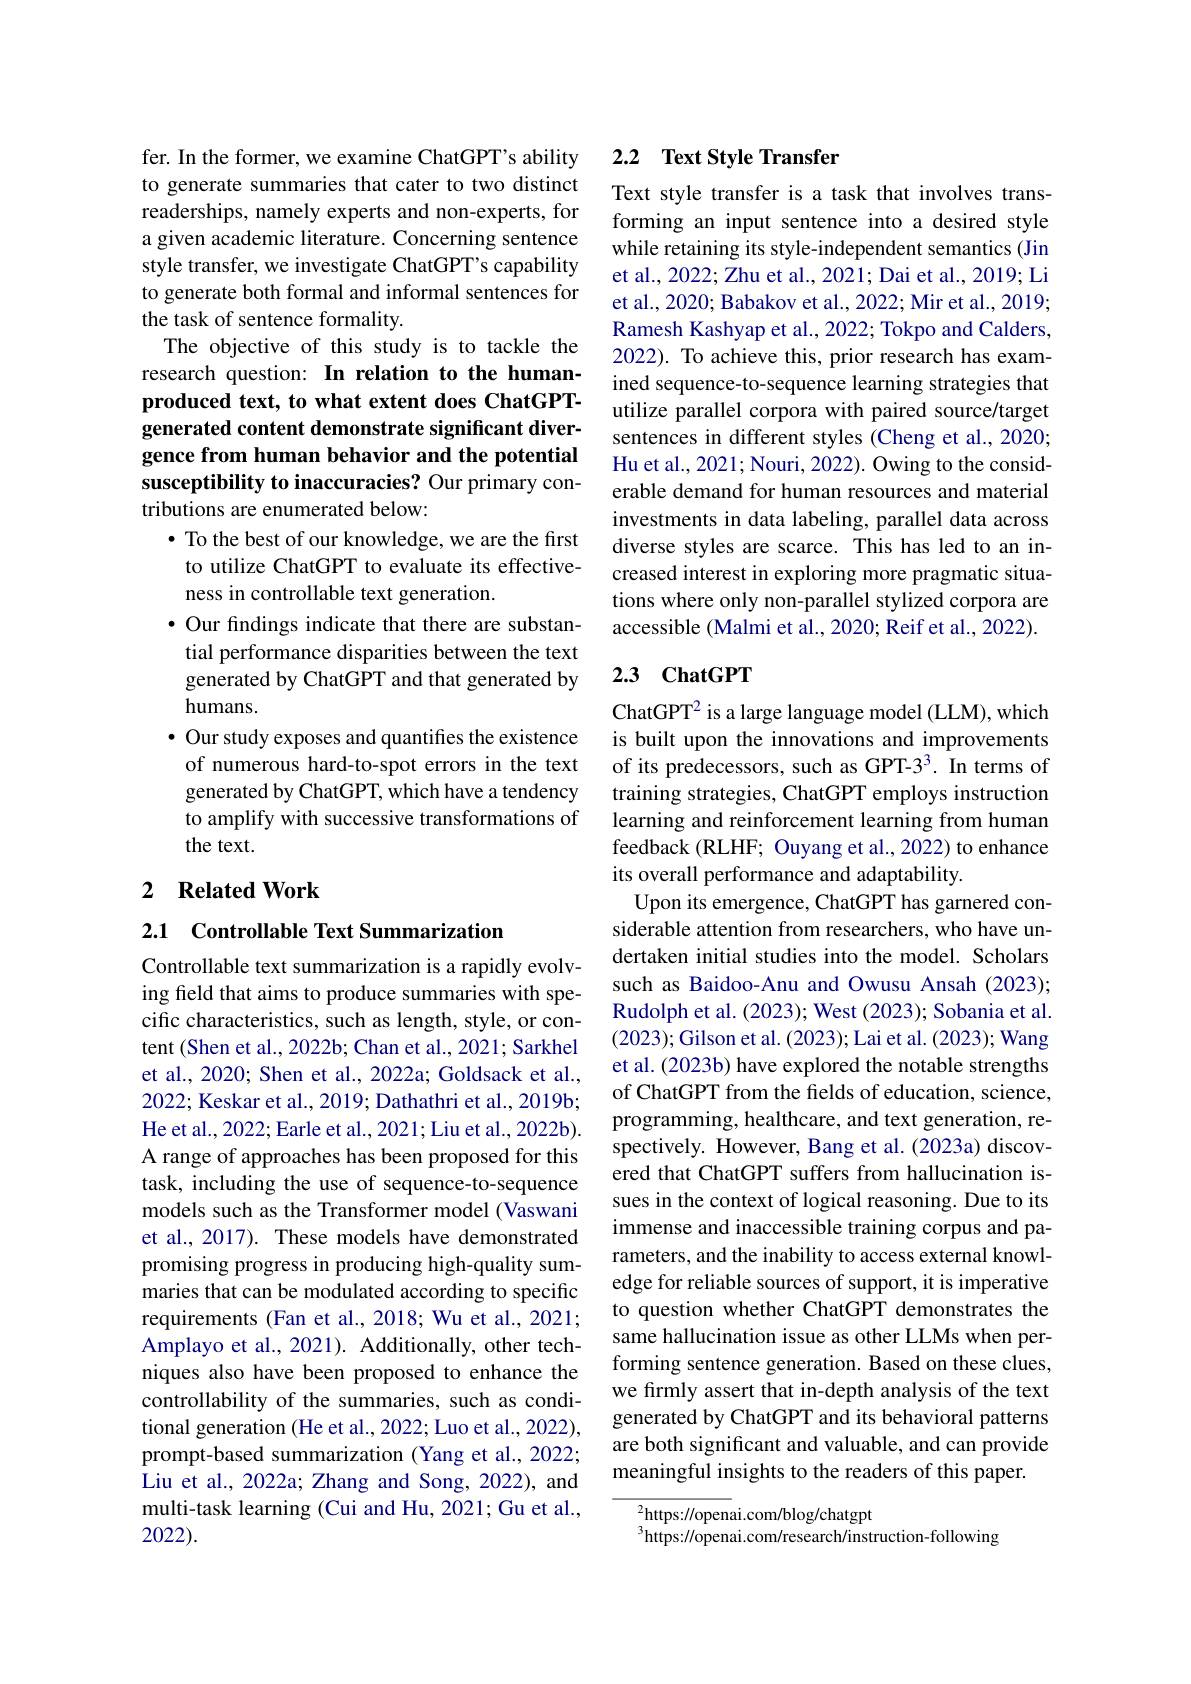
fer. In the former, we examine ChatGPT's ability to generate summaries that cater to two distinct readerships, namely experts and non-experts, for a given academic literature. Concerning sentence style transfer, we investigate ChatGPT's capability to generate both formal and informal sentences for the task of sentence formality.
The objective of this study is to tackle the research question: In relation to the humanproduced text, to what extent does ChatGPTgenerated content demonstrate significant divergence from human behavior and the potential susceptibility to inaccuracies? Our primary contributions are enumerated below:
$\bullet$ To the best of our knowledge, we are the first to utilize ChatGPT to evaluate its effectiveness in controllable text generation.
$\bullet$ Our findings indicate that there are substantial performance disparities between the text generated by ChatGPT and that generated by humans.
$\bullet$ Our study exposes and quantifies the existence of numerous hard-to-spot errors in the text generated by ChatGPT, which have a tendency to amplify with successive transformations of the text.
2 $\textbf{Related Work}$

2.1 Controllable Text Summarization

Controllable text summarization is a rapidly evolving feld that aims to produce summaries with specific characteristics, such as length, style, or content (Shen et al., 2022b; Chan et al., 2021; Sarkhel et al., 2020; Shen et al., 2022a; Goldsack et al., 2022; Keskar et al., 2019; Dathathri et al., 2019b; He et al., 2022; Earle et al., 2021; Liu et al., 2022b). A range of approaches has been proposed for this task, including the use of sequence-to-sequence models such as the Transformer model (Vaswani et al., 2017). These models have demonstrated promising progress in producing high-quality summaries that can be modulated according to specific requirements (Fan et al., 2018; Wu et al., 2021; Amplayo et al., 2021). Additionally, other techniques also have been proposed to enhance the controllability of the summaries, such as conditional generation (He et al., 2022; Luo et al., 2022), prompt-based summarization (Yang et al., 2022; Liu et al., 2022a; Zhang and Song, 2022), and multi-task learning (Cui and Hu, 2021; Gu et al., 2022).

## 2.2 Text Style Transfer

Text style transfer is a task that involves transforming an input sentence into a desired style while retaining its style-independent semantics (Jin et al., 2022; Zhu et al., 2021; Dai et al., 2019; Li et al., 2020; Babakov et al., 2022; Mir et al., 2019; Ramesh Kashyap et al., 2022; Tokpo and Calders, 2022). To achieve this, prior research has examined sequence-to-sequence learning strategies that utilize parallel corpora with paired source/target sentences in different styles (Cheng et al., 2020; Hu et al., 2021; Nouri, 2022). Owing to the considerable demand for human resources and material investments in data labeling, parallel data across diverse styles are scarce. This has led to an increased interest in exploring more pragmatic situations where only non-parallel stylized corpora are accessible (Malmi et al., 2020; Reif et al., 2022).

## 2.3 ChatGPT

ChatGPT$^2$ is a large language model (LLM), which is built upon the innovations and improvements of its predecessors, such as GPT-33. In terms of training strategies, ChatGPT employs instruction learning and reinforcement learning from human feedback (RLHF; Ouyang et al., 2022) to enhance its overall performance and adaptability.
Upon its emergence, ChatGPT has garnered considerable attention from researchers, who have undertaken initial studies into the model. Scholars such as Baidoo-Anu and Owusu Ansah (2023); Rudolph et al. ( 2023) ; West ( 2023) ; Sobania et al. (2023); Gilson et al. (2023); Lai et al. (2023); Wang et al. (2023b) have explored the notable strengths of ChatGPT from the fields of education, science, programming, healthcare, and text generation, respectively. However, Bang et al.(2023a) discovered that ChatGPT suffers from hallucination issues in the context of logical reasoning. Due to its immense and inaccessible training corpus and parameters, and the inability to access external knowledge for reliable sources of support, it is imperative to question whether ChatGPT demonstrates the same hallucination issue as other LLMs when performing sentence generation. Based on these clues, we firmly assert that in-depth analysis of the text generated by ChatGPT and its behavioral patterns are both significant and valuable, and can provide meaningful insights to the readers of this paper.

${^2\text{https:}//\mathrm{open}}$ai.com/blog/chatgpt
$^{3}$https://openai.com/research/instruction-following